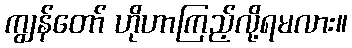
ကျွန်တော် ဟိုဟာကြည့်လို့ရမလား။